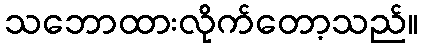
သဘောထားလိုက်တော့သည်။